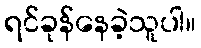
ရင်ခုန်နေခဲ့သူပါ။